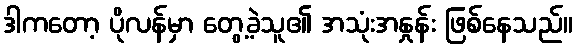
ဒါကတော့ ပိုလန်မှာ တွေ့ခဲ့သူ၏ အသုံးအနှုန်း ဖြစ်နေသည်။